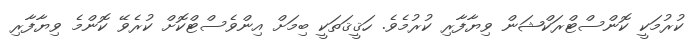
ކުރުމަކީ ކޮންސްޓްރަކްޝަން ވިޔާފާރި ކުރުމެވެ. ހަޤީޤަތަކީ ބިމަށް އިންވެސްޓްކޮށް ކުރެވޭ ކޮންމެ ވިޔާފާރި